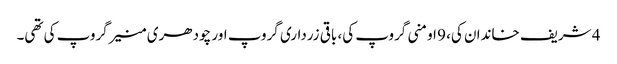
4 شریف خاندان کی، 9 اومنی گروپ کی، باقی زرداری گروپ اور چودھری منیر گروپ کی تھی۔